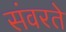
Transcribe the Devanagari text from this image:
संवरते